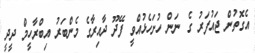
އެގޮތުން ޖައުފަރު ގެ ނަން ހުށަހެޅުއްވީ ފޭދޫ ދާއިރާގެ މެންބަރު އިބްރާހީމް ދީދީ